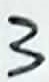
Text: 3